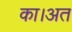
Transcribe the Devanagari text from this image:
का।अत